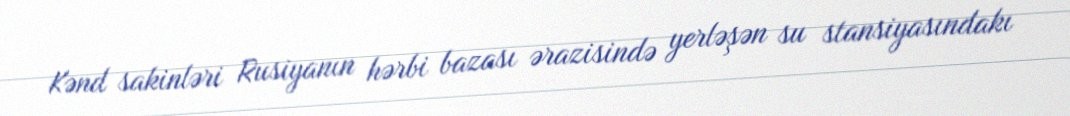
Kənd sakinləri Rusiyanın hərbi bazası ərazisində yerləşən su stansiyasındakı